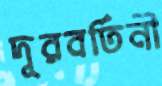
দূরবর্তিনী